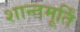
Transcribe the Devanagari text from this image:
शान्तमूर्तिं